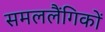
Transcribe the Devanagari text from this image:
समललैंगिकों